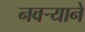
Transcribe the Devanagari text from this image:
नवर्‍याने